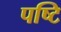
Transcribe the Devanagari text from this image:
पष्टि